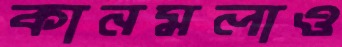
কানমলাও